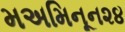
મઅમિનૂન૨૪